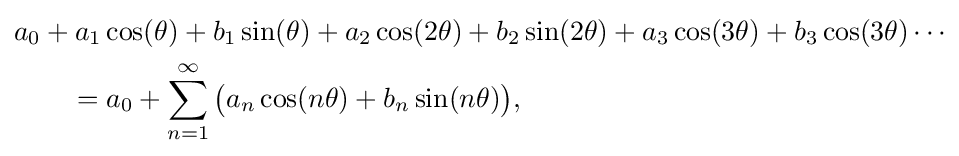
{\begin{aligned}&a_{0}+a_{1}\cos(\theta )+b_{1}\sin(\theta )+a_{2}\cos(2\theta )+b_{2}\sin(2\theta )+a_{3}\cos(3\theta )+b_{3}\cos(3\theta )\dotsb \\&\qquad =a_{0}+\sum _{n=1}^{\infty }{\bigl (}a_{n}\cos(n\theta )+b_{n}\sin(n\theta ){\big )},\end{aligned}}